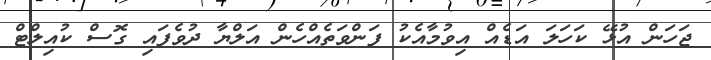
ޖަހަން އުޅޭ ކަހަލަ އަޑެއް އިވުމާއެކު ފަންވަތެއްހެން އަލްޔާ ދުވެފައި ގޮސް ކުއިލްޓް